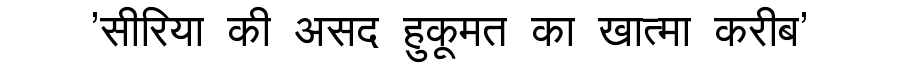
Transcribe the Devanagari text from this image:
'सीरिया की असद हुकूमत का खात्मा करीब'